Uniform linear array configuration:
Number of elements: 16
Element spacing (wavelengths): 0.75
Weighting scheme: kaiser
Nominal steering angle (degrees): -60
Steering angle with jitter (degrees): -58.544
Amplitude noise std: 0.05
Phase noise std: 0.05

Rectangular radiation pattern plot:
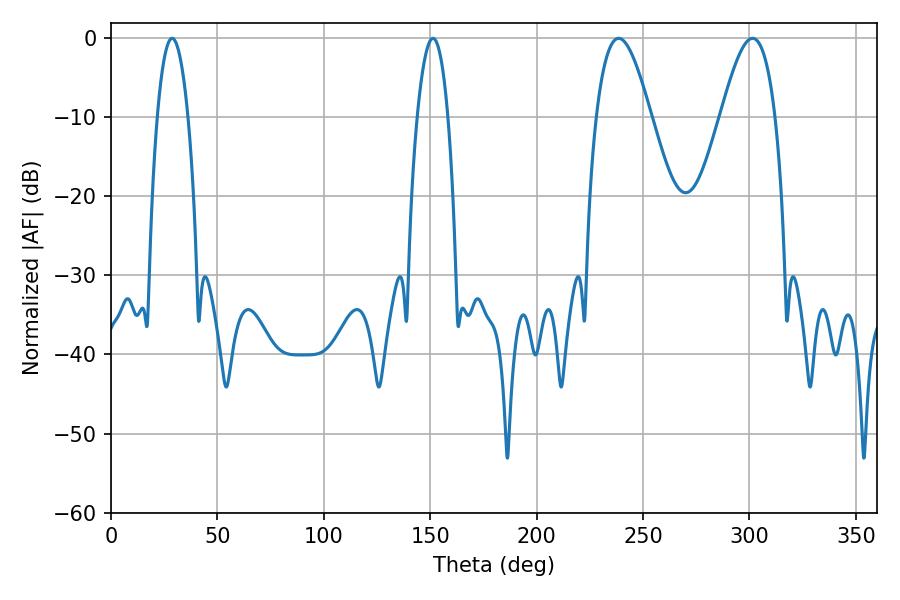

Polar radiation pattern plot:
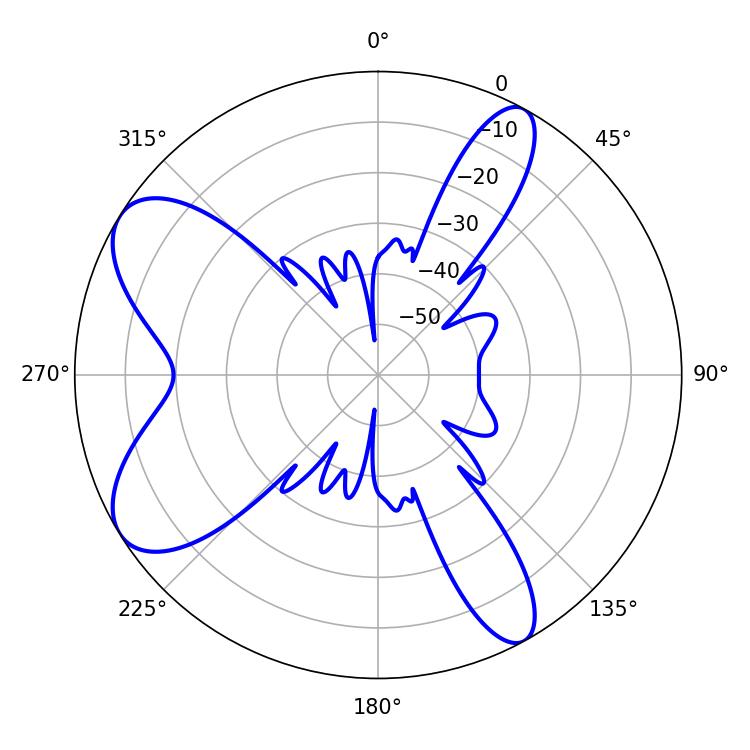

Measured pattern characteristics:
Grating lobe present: TRUE
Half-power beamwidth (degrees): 13.86
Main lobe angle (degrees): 238.5